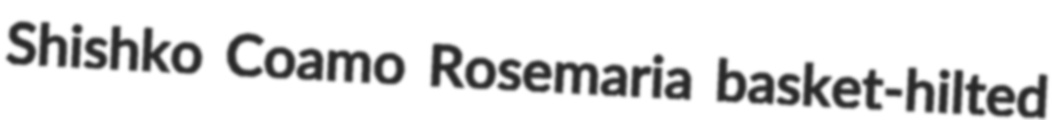
Shishko Coamo Rosemaria basket-hilted